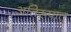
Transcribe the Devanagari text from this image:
अतिरूपात्